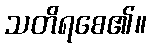
သတိရစေ၏။